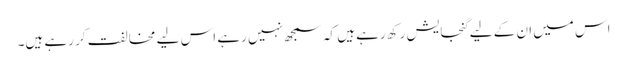
اس میں ان کے لیے گنجایش رکھ رہے ہیں کہ سمجھ نہیں رہے اس لیے مخالفت کر رہے ہیں۔